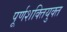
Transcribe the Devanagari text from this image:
पूर्णशक्तियुक्त